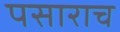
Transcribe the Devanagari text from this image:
पसाराच